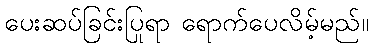
ပေးဆပ်ခြင်းပြုရာ ရောက်ပေလိမ့်မည်။